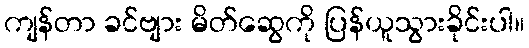
ကျန်တာ ခင်ဗျား မိတ်ဆွေကို ပြန်ယူသွားခိုင်းပါ။